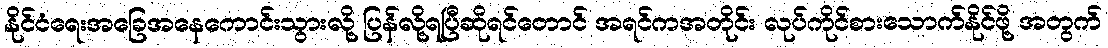
နိုင်ငံရေးအခြေအနေကောင်းသွားလို့ ပြန်လို့ရပြီဆိုရင်တောင် အရင်ကအတိုင်း လုပ်ကိုင်စားသောက်နိုင်ဖို့ အတွက်